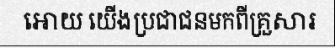
អោយ យើងប្រជាជនមកពីគ្រួសារ